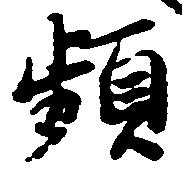
頻